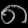
Digit: ၈